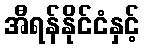
အီရန်နိုင်ငံနှင့်